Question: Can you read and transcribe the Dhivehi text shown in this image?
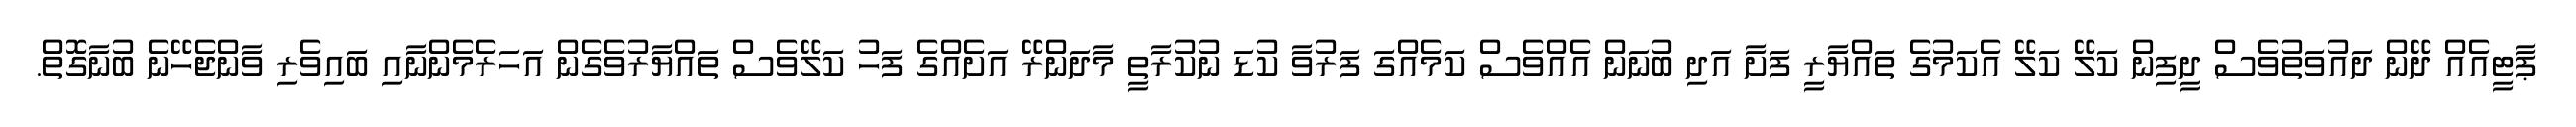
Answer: ޕާޓީއެއް ދޭން ދައުވަތުވެސް ދީފިން ކަލޭ ކަލޭ އެކަމުގެ ތައްޔާރީ ފަށާ އަދި ބުނަން އެއްވެސް ކަމެއްގަ ފަރުވާ ކުޑަ ނުކުރާތީ މާދަންރޭ އަށެއްގެ ފަހު ކަލޭވެސް ތައްޔާރުވެގެން އަހަރެމެންނާއި ބައިވެރި ވާންޖެހޭނެ ބުނާގޮތް.